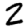
Digit: 2